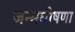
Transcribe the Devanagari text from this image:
जन्मघोषणा